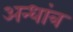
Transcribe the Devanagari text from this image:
अन्धांत्र